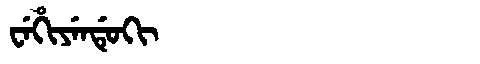
Manchu: ᠸᡝᡥᡳᠶᡝᠨᡩᡠᡴᡳ
Romanization: WEHIYENDUKI